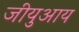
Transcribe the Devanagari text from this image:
जीयुआय